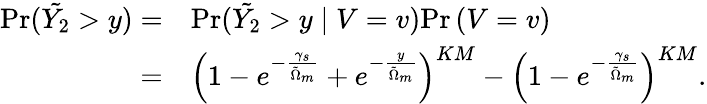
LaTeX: \begin{array}{rl}{\mathrm{Pr}(\tilde{Y_{2}}>y)=}&{\mathrm{Pr}(\tilde{Y_{2}}>y\mid V=v)\mathrm{Pr}\left(V=v\right)}\\ {=}&{\left(1-e^{-\frac{\gamma_{s}}{\tilde{\Omega}_{m}}}+e^{-\frac{y}{\tilde{\Omega}_{m}}}\right)^{KM}-\left(1-e^{-\frac{\gamma_{s}}{\tilde{\Omega}_{m}}}\right)^{KM}.}\end{array}